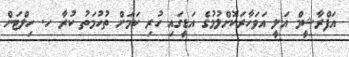
އަފްރާޝީމް އަލީ އަވަހާރަކޮށްލުމުގެ އަޑީގައި ހުރި ކަމަށް ތުހުމަތު ކުރާ ހ. ހިލްޓަން